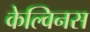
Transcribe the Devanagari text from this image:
केल्विनस